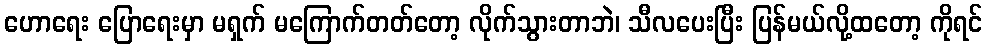
ဟောရေး ပြောရေးမှာ မရှက် မကြောက်တတ်တော့ လိုက်သွားတာဘဲ၊ သီလပေးပြီး ပြန်မယ်လို့ထတော့ ကိုရင်